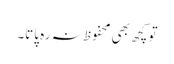
تو کچھ بھی محفوظ نہ رہ پاتا۔